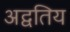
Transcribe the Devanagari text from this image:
अद्वतिय